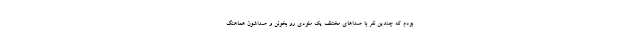
بودم که چندین نفر با صداهای مختلف یک ملودی رو بخونن و صدا‌شون هماهنگ